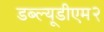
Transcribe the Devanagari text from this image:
डब्ल्यूडीएम२